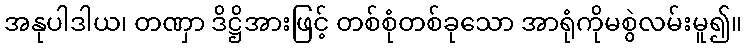
အနုပါဒါယ၊ တဏှာ ဒိဋ္ဌိအားဖြင့် တစ်စုံတစ်ခုသော အာရုံကိုမစွဲလမ်းမူ၍။